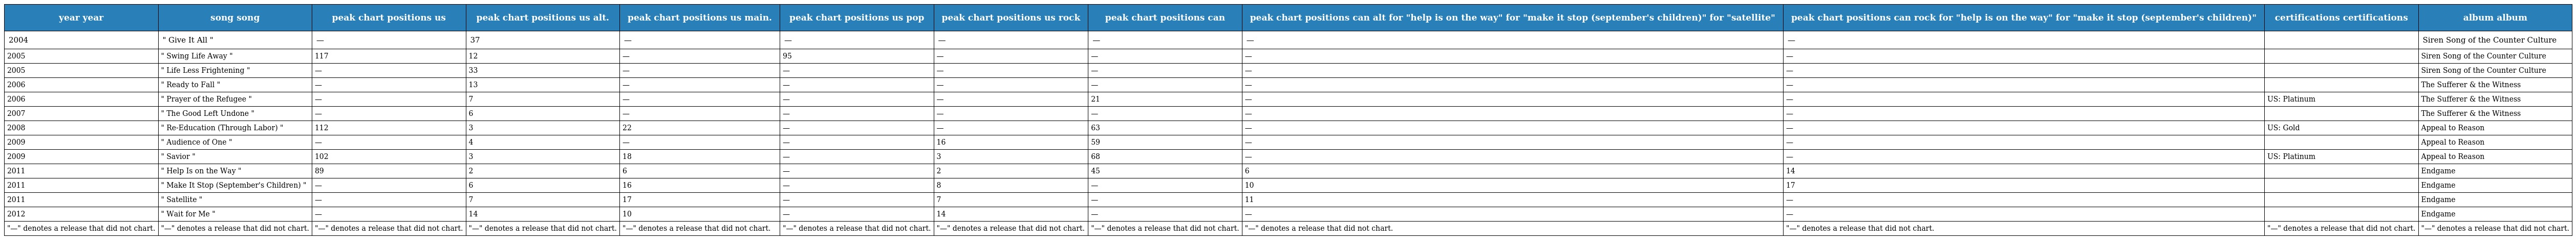
| year year | song song | peak chart positions us | peak chart positions us alt. | peak chart positions us main. | peak chart positions us pop | peak chart positions us rock | peak chart positions can | peak chart positions can alt for "help is on the way" for "make it stop (september's children)" for "satellite" | peak chart positions can rock for "help is on the way" for "make it stop (september's children)" | certifications certifications | album album |
 | --- | --- | --- | --- | --- | --- | --- | --- | --- | --- | --- | --- |
 | 2004 | " Give It All " | — | 37 | — | — | — | — | — | — |  | Siren Song of the Counter Culture |
 | 2005 | " Swing Life Away " | 117 | 12 | — | 95 | — | — | — | — |  | Siren Song of the Counter Culture |
 | 2005 | " Life Less Frightening " | — | 33 | — | — | — | — | — | — |  | Siren Song of the Counter Culture |
 | 2006 | " Ready to Fall " | — | 13 | — | — | — | — | — | — |  | The Sufferer & the Witness |
 | 2006 | " Prayer of the Refugee " | — | 7 | — | — | — | 21 | — | — | US: Platinum | The Sufferer & the Witness |
 | 2007 | " The Good Left Undone " | — | 6 | — | — | — | — | — | — |  | The Sufferer & the Witness |
 | 2008 | " Re-Education (Through Labor) " | 112 | 3 | 22 | — | — | 63 | — | — | US: Gold | Appeal to Reason |
 | 2009 | " Audience of One " | — | 4 | — | — | 16 | 59 | — | — |  | Appeal to Reason |
 | 2009 | " Savior " | 102 | 3 | 18 | — | 3 | 68 | — | — | US: Platinum | Appeal to Reason |
 | 2011 | " Help Is on the Way " | 89 | 2 | 6 | — | 2 | 45 | 6 | 14 |  | Endgame |
 | 2011 | " Make It Stop (September's Children) " | — | 6 | 16 | — | 8 | — | 10 | 17 |  | Endgame |
 | 2011 | " Satellite " | — | 7 | 17 | — | 7 | — | 11 | — |  | Endgame |
 | 2012 | " Wait for Me " | — | 14 | 10 | — | 14 | — | — | — |  | Endgame |
 | "—" denotes a release that did not chart. | "—" denotes a release that did not chart. | "—" denotes a release that did not chart. | "—" denotes a release that did not chart. | "—" denotes a release that did not chart. | "—" denotes a release that did not chart. | "—" denotes a release that did not chart. | "—" denotes a release that did not chart. | "—" denotes a release that did not chart. | "—" denotes a release that did not chart. | "—" denotes a release that did not chart. | "—" denotes a release that did not chart. |